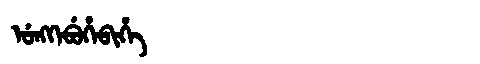
Manchu: ᡠᠩᡴᡝᠪᡠᡥᡝᠪᡳᡥᡝ
Romanization: UNGKEBUHEBIHE